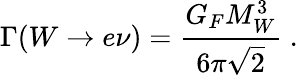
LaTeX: \Gamma(W\to e\nu)=\frac{G_{F}M_{W}^{3}}{6\pi\sqrt{2}}\; .